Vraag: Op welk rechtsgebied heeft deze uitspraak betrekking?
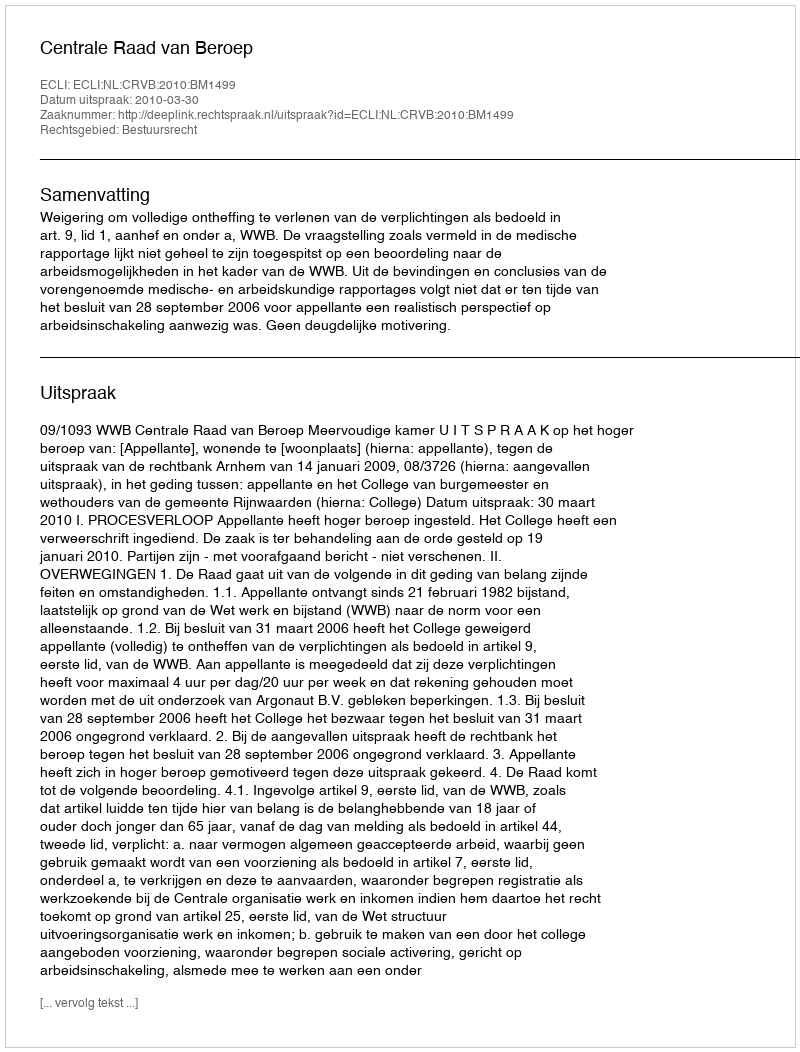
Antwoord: Bestuursrecht